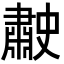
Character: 𦘤